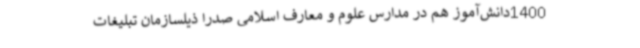
1400دانش‌آموز هم در مدارس علوم و معارف اسلامی صدرا ذیلسازمان تبلیغات